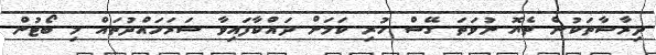
ދިރާސާތަކުން ތެޔޮ ނުވަތަ ގޭސް ހުރި ކަމަށް ދައްކާފައިވާ ސަރަހައްދުތައް މި ބޯޓުން